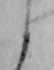
か